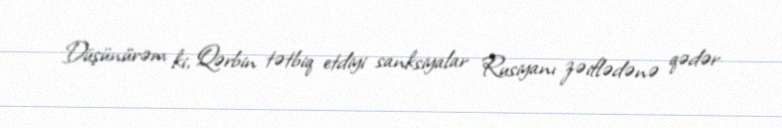
Düşünürəm ki, Qərbin tətbiq etdiyi sanksiyalar Rusiyanı zəiflədənə qədər